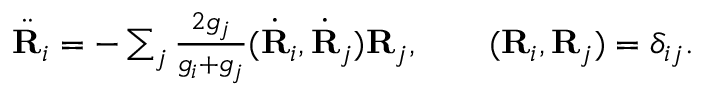
\begin{array} { r } { \ddot { \bf R } _ { i } = - \sum _ { j } \frac { 2 g _ { j } } { g _ { i } + g _ { j } } ( \dot { \bf R } _ { i } , \dot { \bf R } _ { j } ) { \bf R } _ { j } , \qquad ( { \bf R } _ { i } , { \bf R } _ { j } ) = \delta _ { i j } . } \end{array}